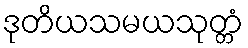
ဒုတိယသမယသုတ္တံ